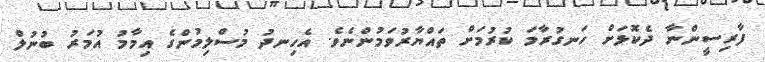
ފާރިސީންނާ ދެކޮޅަށް ހަނގުރާމަ ކުރުމަށް ތައްޔާރުވަމުންނެވެ. އެހިނދު މުސްލިމުންގެ އިމާމު އުމަރު ބުނުލް